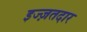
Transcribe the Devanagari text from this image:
इज्ज़तदार